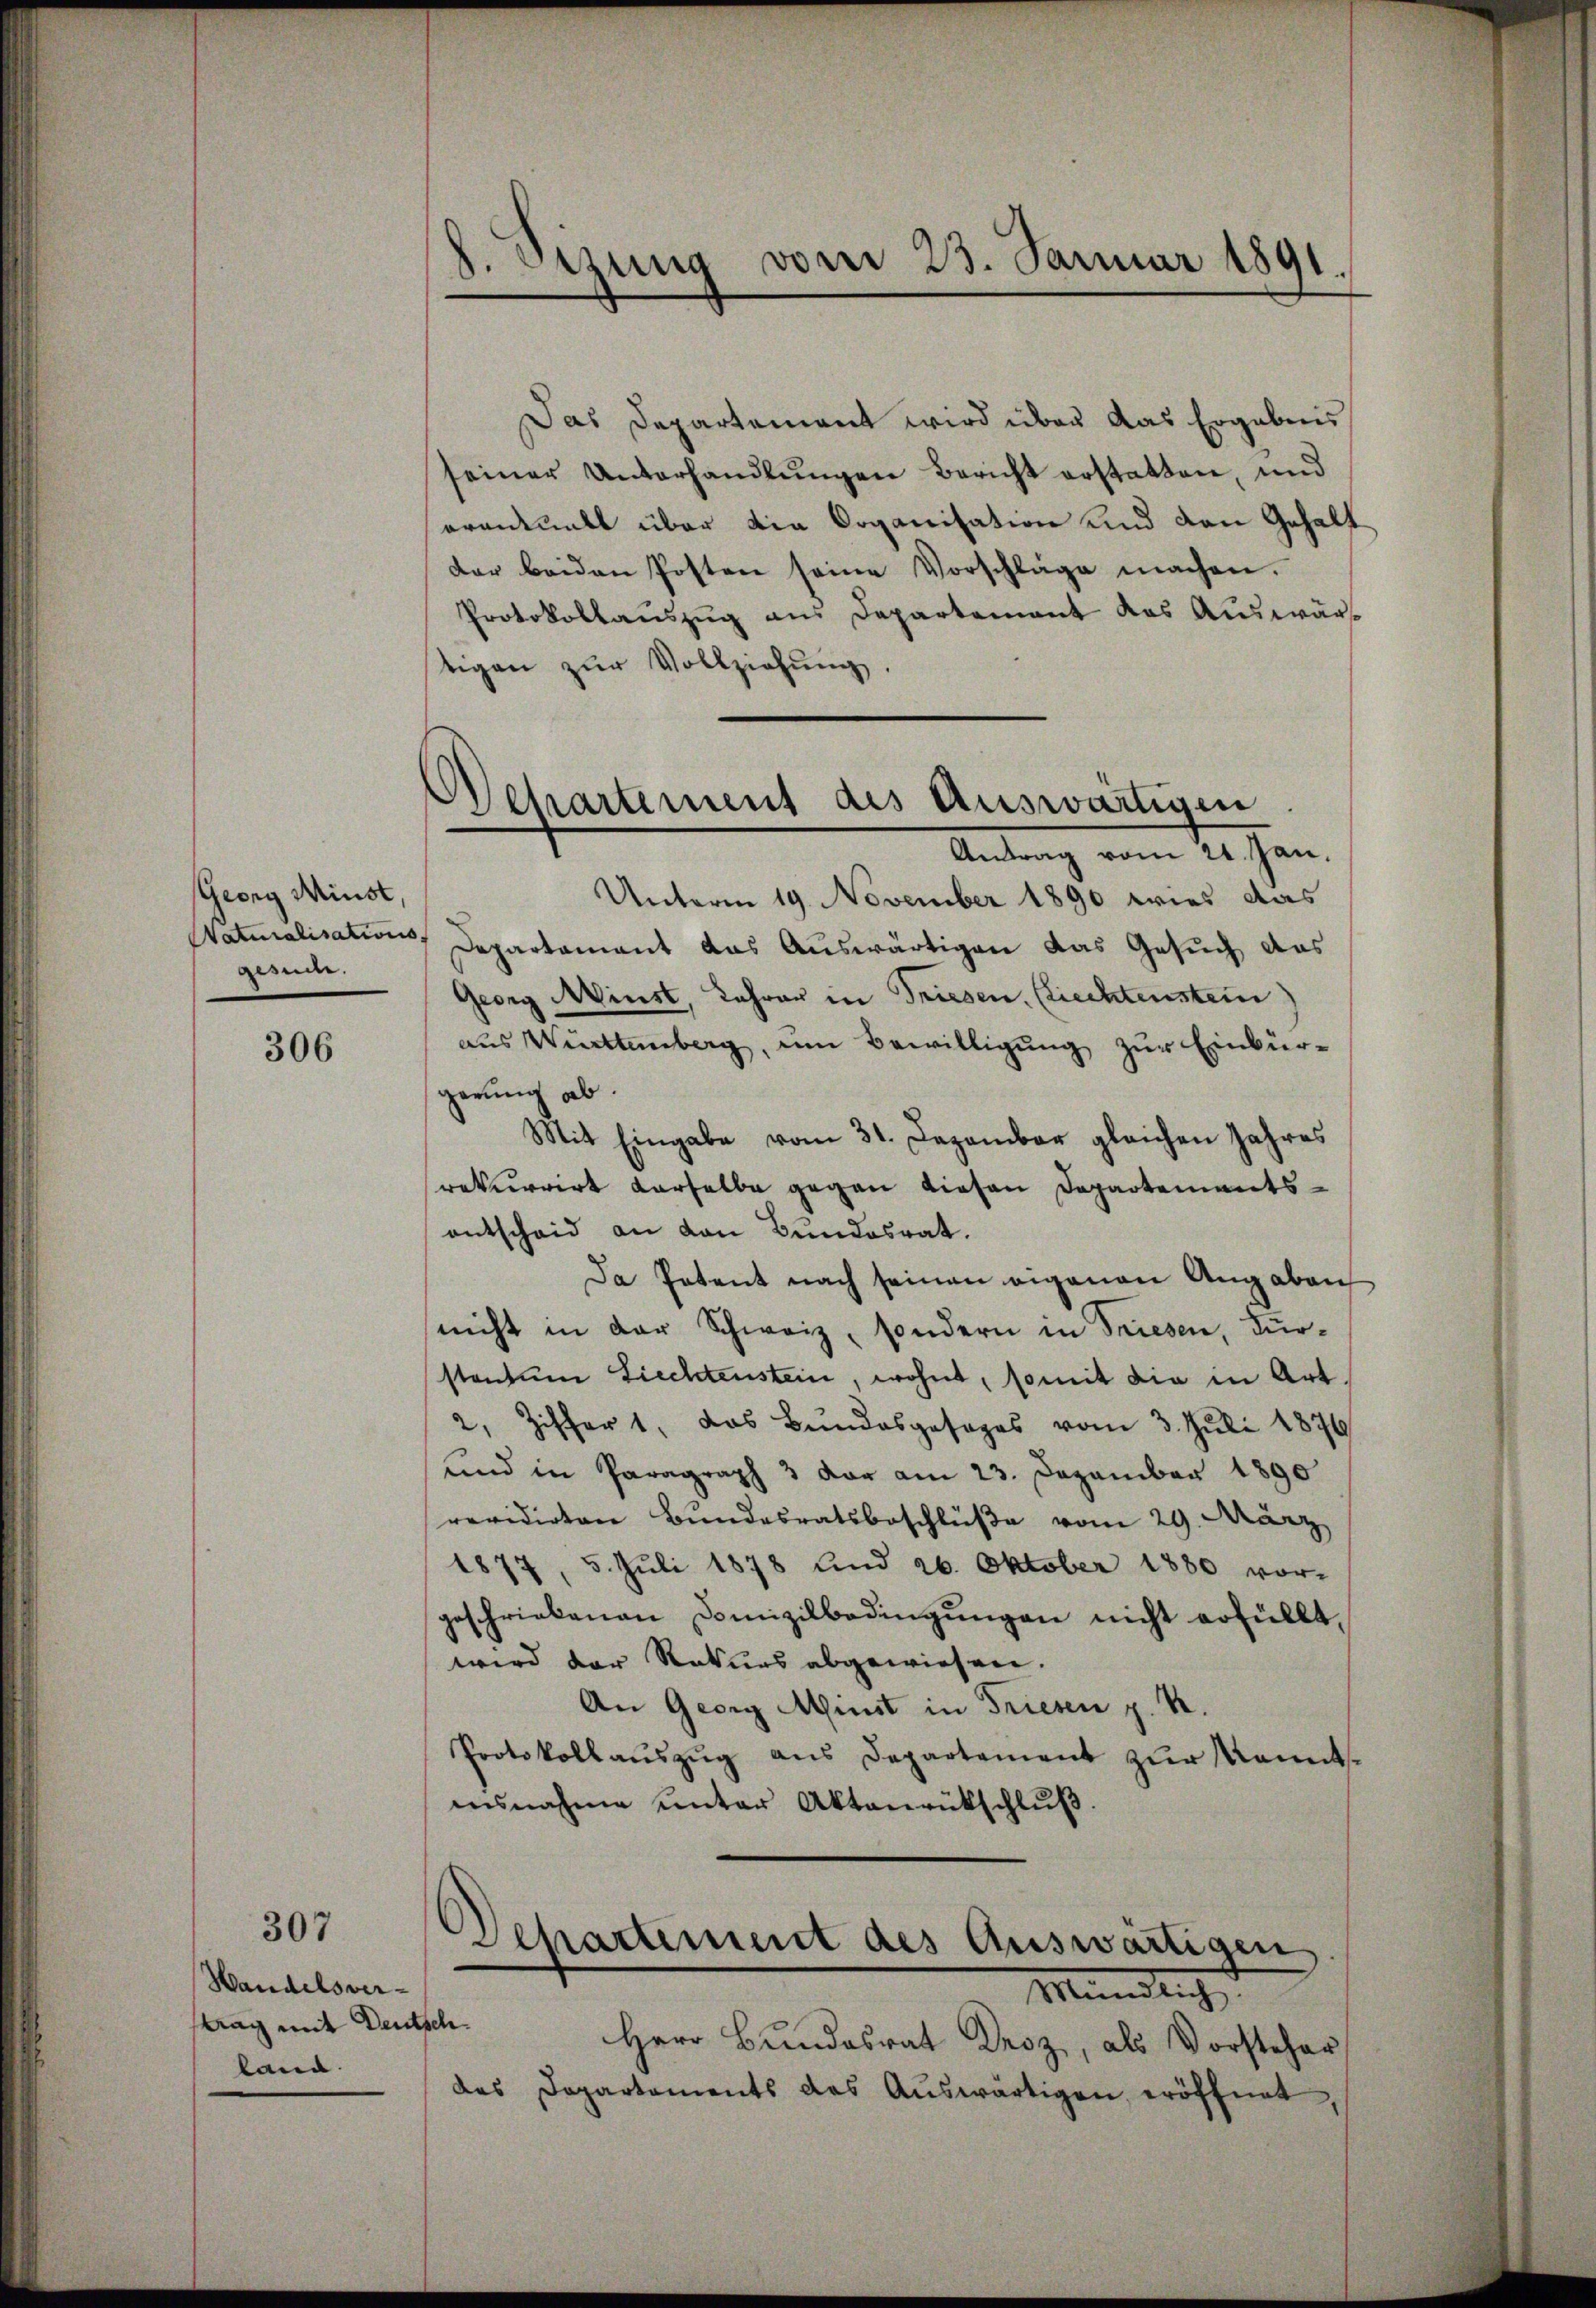
Georg Minist,
gesidee.

306

307

Handelsver-
tag mit Deutschland.

8. Sizung vom 23. Januar 1891

Departement des Auswärtigen
Antrag vom 21. Jan.

Separtement des Auswärtigen,
Mündlich

Das Departement wird über das Ergebnis
seiner Unterhandlungen Bericht erstatten, und
arantualt über die Organisation und den Gehalt
der beiden Posten seine Vorschläge machen.
Protokollauszug aus Departement das Auswärtigen zur Vollziehung.
Unterm 19. November 1890 wies das
Watialisations, Departamant das Auswärtigen das Gesuch das
Georg Minst, Lehrer in Triesen, (liechtenstein
aus Württemberg, um Bewilligung zur Einbürgerung ab.
Mit Eingabe vom 31. Dezember gleichen Jahres
rekurrirt derselbe gegen diesen Departementsentscheid an den Bundesrat.
Da Petent nach seinen eigenen Angaben
nicht in der Schweiz, sondern in Triesen, Furstanden Ziechtenstein, wohnt, somit die in Art.
2, Ziffer 1, das Bundesgesages vom 3. Juli 1876
und in Paragraph 3 der am 23. Dezember 1890
revidirten Bundesratsbeschlüße vom 29. März
1877, 5. Juli 1878 und 26. Oktober 1880 vor-
geschriebenen Domizilbedingungen nicht erfüllt,
wird der Rekurs abgewiesen.
An Georg Minst in Friesen z. B.
Protokollaŭszŭg ans Departement zŭr Kennt-
asnahme unter Aktenrückschlŭβ.

Herr Bundesrat Droz, als Vorsteher
des Departements das Aŭswärtigen eröffnet